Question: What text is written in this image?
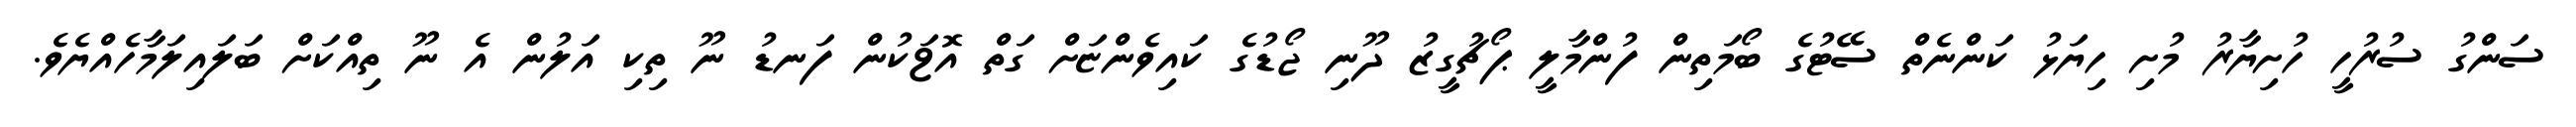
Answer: ސަންގު ސުރުހީ ހުށިޔާރު މުށި ހިޔަޅު ކަންނެތް ސޭޓުގެ ބޯމަތިން ފުންމާލީ ޕޯޗުގީޒު ދޫނި ޖޯޑުގެ ކައިވެންޏަށް ގަތް އޮޱަކުން ފަނޑު ނޫ ތިކި އަލުން އެ ނޫ ތިއްކަށް ބަލައިލަމާހެއްޔެވެ.